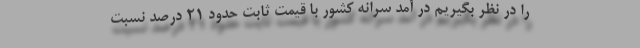
را در نظر بگیریم در آمد سرانه كشور با قیمت ثابت حدود ۲۱ درصد نسبت